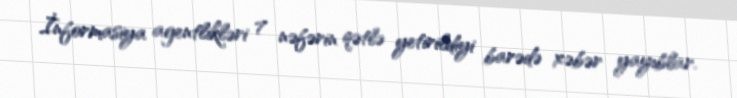
İnformasiya agentlikləri 7 nəfərin qətlə yetirildiyi barədə xəbər yayıblar.